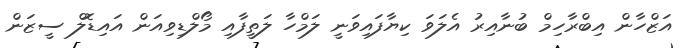
އަޒްހާން އިބްރާހިމް ބުނާއިރު އެލަވަ ކިޔާފައިވަނީ ލަމްހާ ލަތީފާއި މޯލްޑިވިއަން އައިޑޮލް ސީޒަން